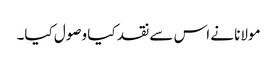
مولانا نے اس سے نقد کیا وصول کیا۔